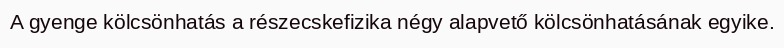
A gyenge kölcsönhatás a részecskefizika négy alapvető kölcsönhatásának egyike.